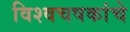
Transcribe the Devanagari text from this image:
विश्वचषकांचे